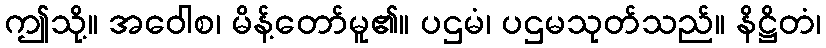
ဤသို့။ အဝေါစ၊ မိန့်တော်မူ၏။ ပဌမံ၊ ပဌမသုတ်သည်။ နိဋ္ဌိတံ၊